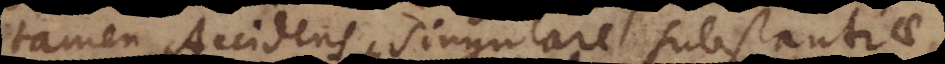
tamen Accidens singulare substantiae